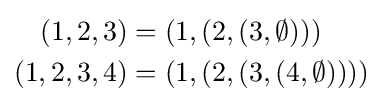
{\begin{aligned}(1,2,3)&=(1,(2,(3,\emptyset )))\\(1,2,3,4)&=(1,(2,(3,(4,\emptyset ))))\\\end{aligned}}